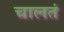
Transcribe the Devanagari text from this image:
चालतं